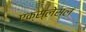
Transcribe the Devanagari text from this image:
एक्स्लेसल